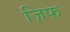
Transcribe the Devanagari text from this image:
ज़िफ